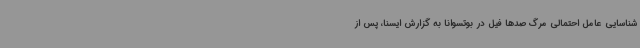
شناسایی عامل احتمالی مرگ صدها فیل در بوتسوانا به گزارش ایسنا، پس از